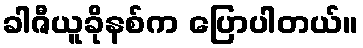
ခါဇီယူခိုနစ်က ပြောပါတယ်။